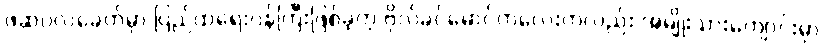
ဖဆပလခေတ်မှာ ပြည်ထဲရေးဝန်ကြီးဖြစ်ခဲ့တဲ့ ဗိုလ်ခင်မောင်ကလေးကလည်း အမျိုးသားကျောင်းမှာ